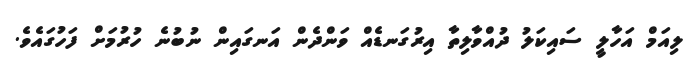
ލިއަމް އަހާލީ ސައިކަލު ދުއްވާލިތާ އިރުގަނޑެއް ވަންދެން އަނގައިން ނުބުނެ ހުރުމަށް ފަހުގައެވެ.